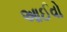
આઈવો